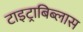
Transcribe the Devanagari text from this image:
टाइट्राबिब्लास